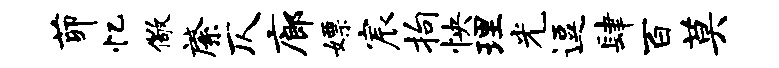
茆忆儆綮仄廊嫖宸拘怏理光逗肆百莫